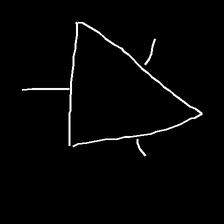
Glyph: fire